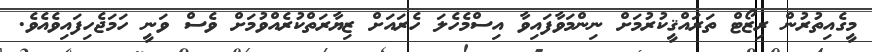
މީގެއިތުރުން ރިޒޯޓް ތަރައްޤީކުރުމަށް ނިންމަވާފައިވާ އިސްމެހެލަ ހެރައަށް ޒިޔާރަތްކުރެއްވުމަށް ވެސް ވަނީ ހަމަޖެހިފައިވެއެވެ.